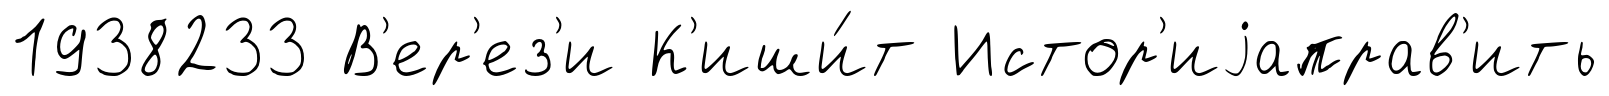
1938233 В'ер'ез'и К'иши́т Истор'иjаправ'ить